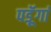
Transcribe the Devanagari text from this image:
पडॅ़ूगां